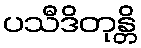
ပသီဒိတုန္တိ